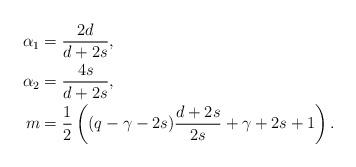
LaTeX: \begin{align*} \alpha_1 &= \frac{2d}{d+2s}, \\\alpha_2 &= \frac{4s}{d+2s}, \\m &= \frac 12 \left( (q-\gamma-2s) \frac{d+2s}{2s} + \gamma+2s+1 \right).\end{align*}